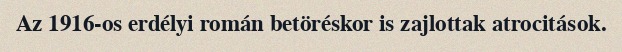
Az 1916-os erdélyi román betöréskor is zajlottak atrocitások.